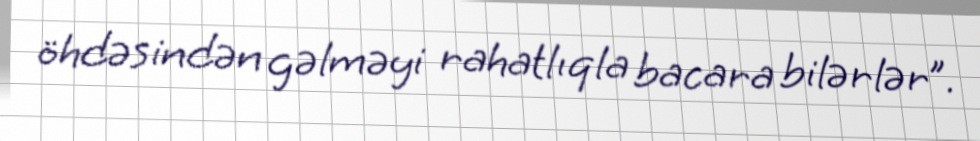
öhdəsindən gəlməyi rahatlıqla bacara bilərlər”.